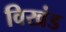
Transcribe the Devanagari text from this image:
विखंड